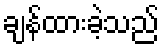
ချန်ထားခဲ့သည်